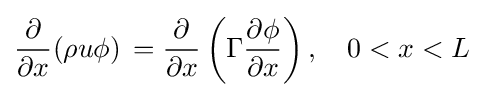
{\frac {\partial }{\partial x}}(\rho u\phi )\,={\frac {\partial }{\partial x}}\left(\Gamma {\frac {\partial \phi }{\partial x}}\right),\quad 0<x<L\;